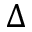
\Delta